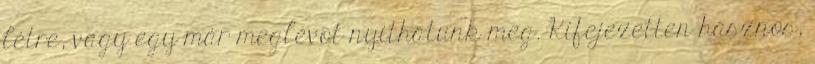
létre, vagy egy már meglévõt nyithatunk meg. Kifejezetten hasznos,